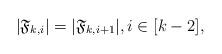
LaTeX: \begin{align*}|\mathfrak{F}_{k,i}|=|\mathfrak{F}_{k,i+1}|,i\in[k-2],\end{align*}